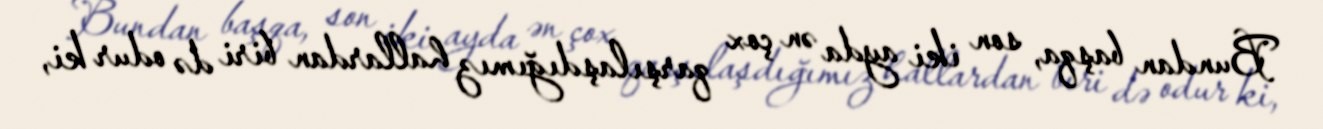
Bundan başqa, son iki ayda ən çox qarşılaşdığımız hallardan biri də odur ki,